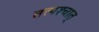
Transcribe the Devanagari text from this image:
तत्‍पश्‍चात्